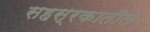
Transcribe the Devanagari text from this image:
सहस्रकातील